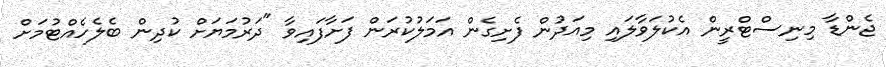
ޖެންޑާ މިނިސްޓްރީން އެކުލަވާލައި މިއަދުން ފެށިގެން އަމަލުކުރަން ފަށާފައިވާ "ދަރުމަޔަށް ކުދިން ބެލެހެއްޓުމަށް